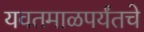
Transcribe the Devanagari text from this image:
यवतमाळपर्यंतचे